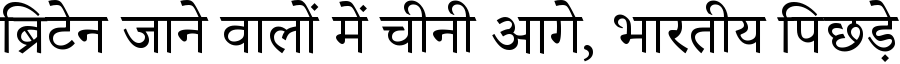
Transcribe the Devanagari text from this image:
ब्रिटेन जाने वालों में चीनी आगे, भारतीय पिछड़े